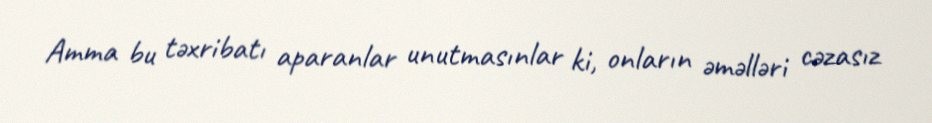
Amma bu təxribatı aparanlar unutmasınlar ki, onların əməlləri cəzasız